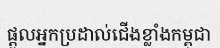
ផ្តួលអ្នកប្រដាល់ជើងខ្លាំងកម្ពុជា